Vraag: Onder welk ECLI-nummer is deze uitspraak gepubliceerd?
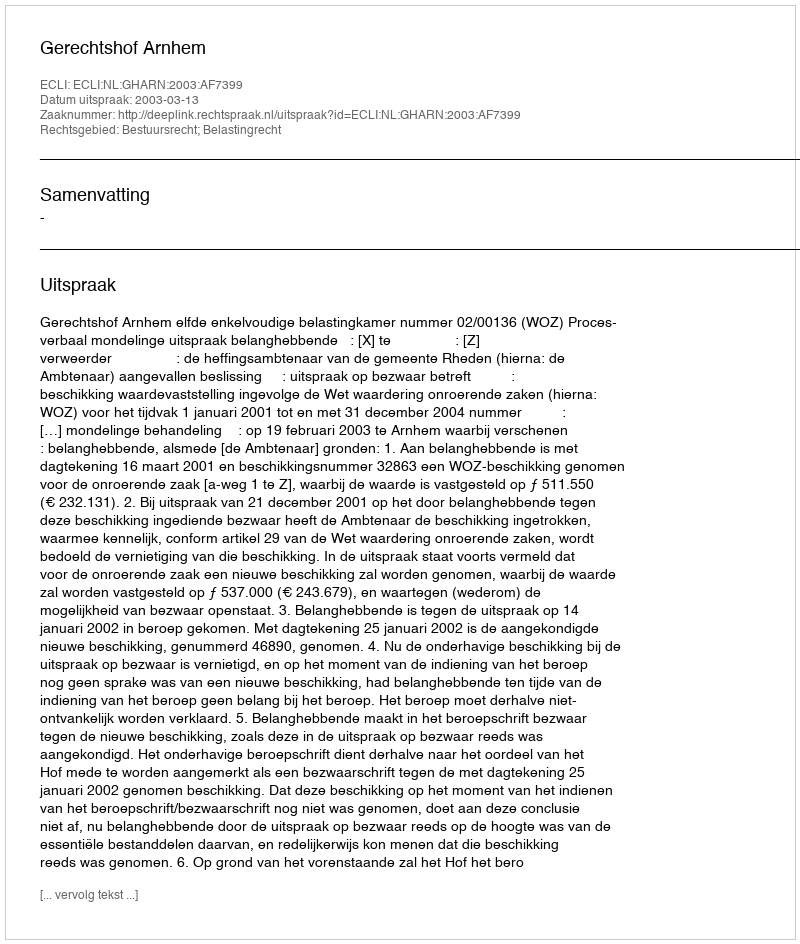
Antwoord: ECLI:NL:GHARN:2003:AF7399